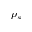
\rho _ { s }